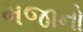
મજાનો